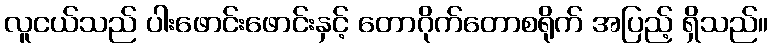
လူငယ်သည် ပါးဖောင်းဖောင်းနှင့် တောဂိုက်တောစရိုက် အပြည့် ရှိသည်။